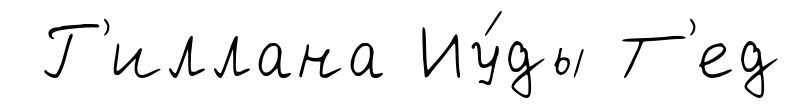
Г'иллана Иу́ды Т'ед